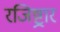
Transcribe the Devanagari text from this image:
रजिष्ट्रार